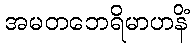
အမတဘေရိမာဟနိံ